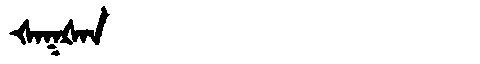
Manchu: ᡧᠠᡴᡧᠠᠨ
Romanization: ŠAKŠAN